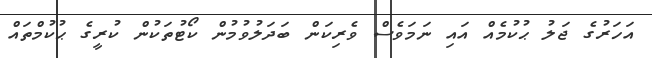
އަހަރުގެ ޖަލު ޙުކުމެއް އައި ނަމަވެސް ވެރިކަން ބަދަލުވުމުން ކޯޓުތަކުން ކުރީގެ ޙުކުމްތައް